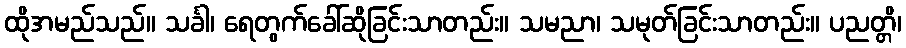
ထိုအမည်သည်။ သင်္ခါ၊ ရေတွက်ခေါ်ဆိုခြင်းသာတည်း။ သမညာ၊ သမုတ်ခြင်းသာတည်း။ ပညတ္တိ၊